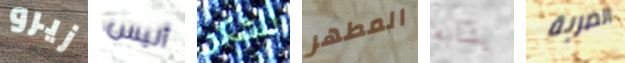
زيرو أليس للشكر المطهر يشابه الضربة